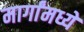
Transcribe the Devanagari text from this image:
मार्गांमध्ये